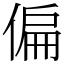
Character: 偏